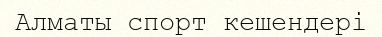
Алматы спорт кешендері